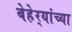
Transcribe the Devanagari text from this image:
बेहेर्‍यांच्या